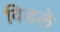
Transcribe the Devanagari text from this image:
विडले